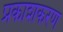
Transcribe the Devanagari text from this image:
प्रकाशकरण